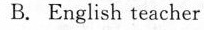
B. English teacher